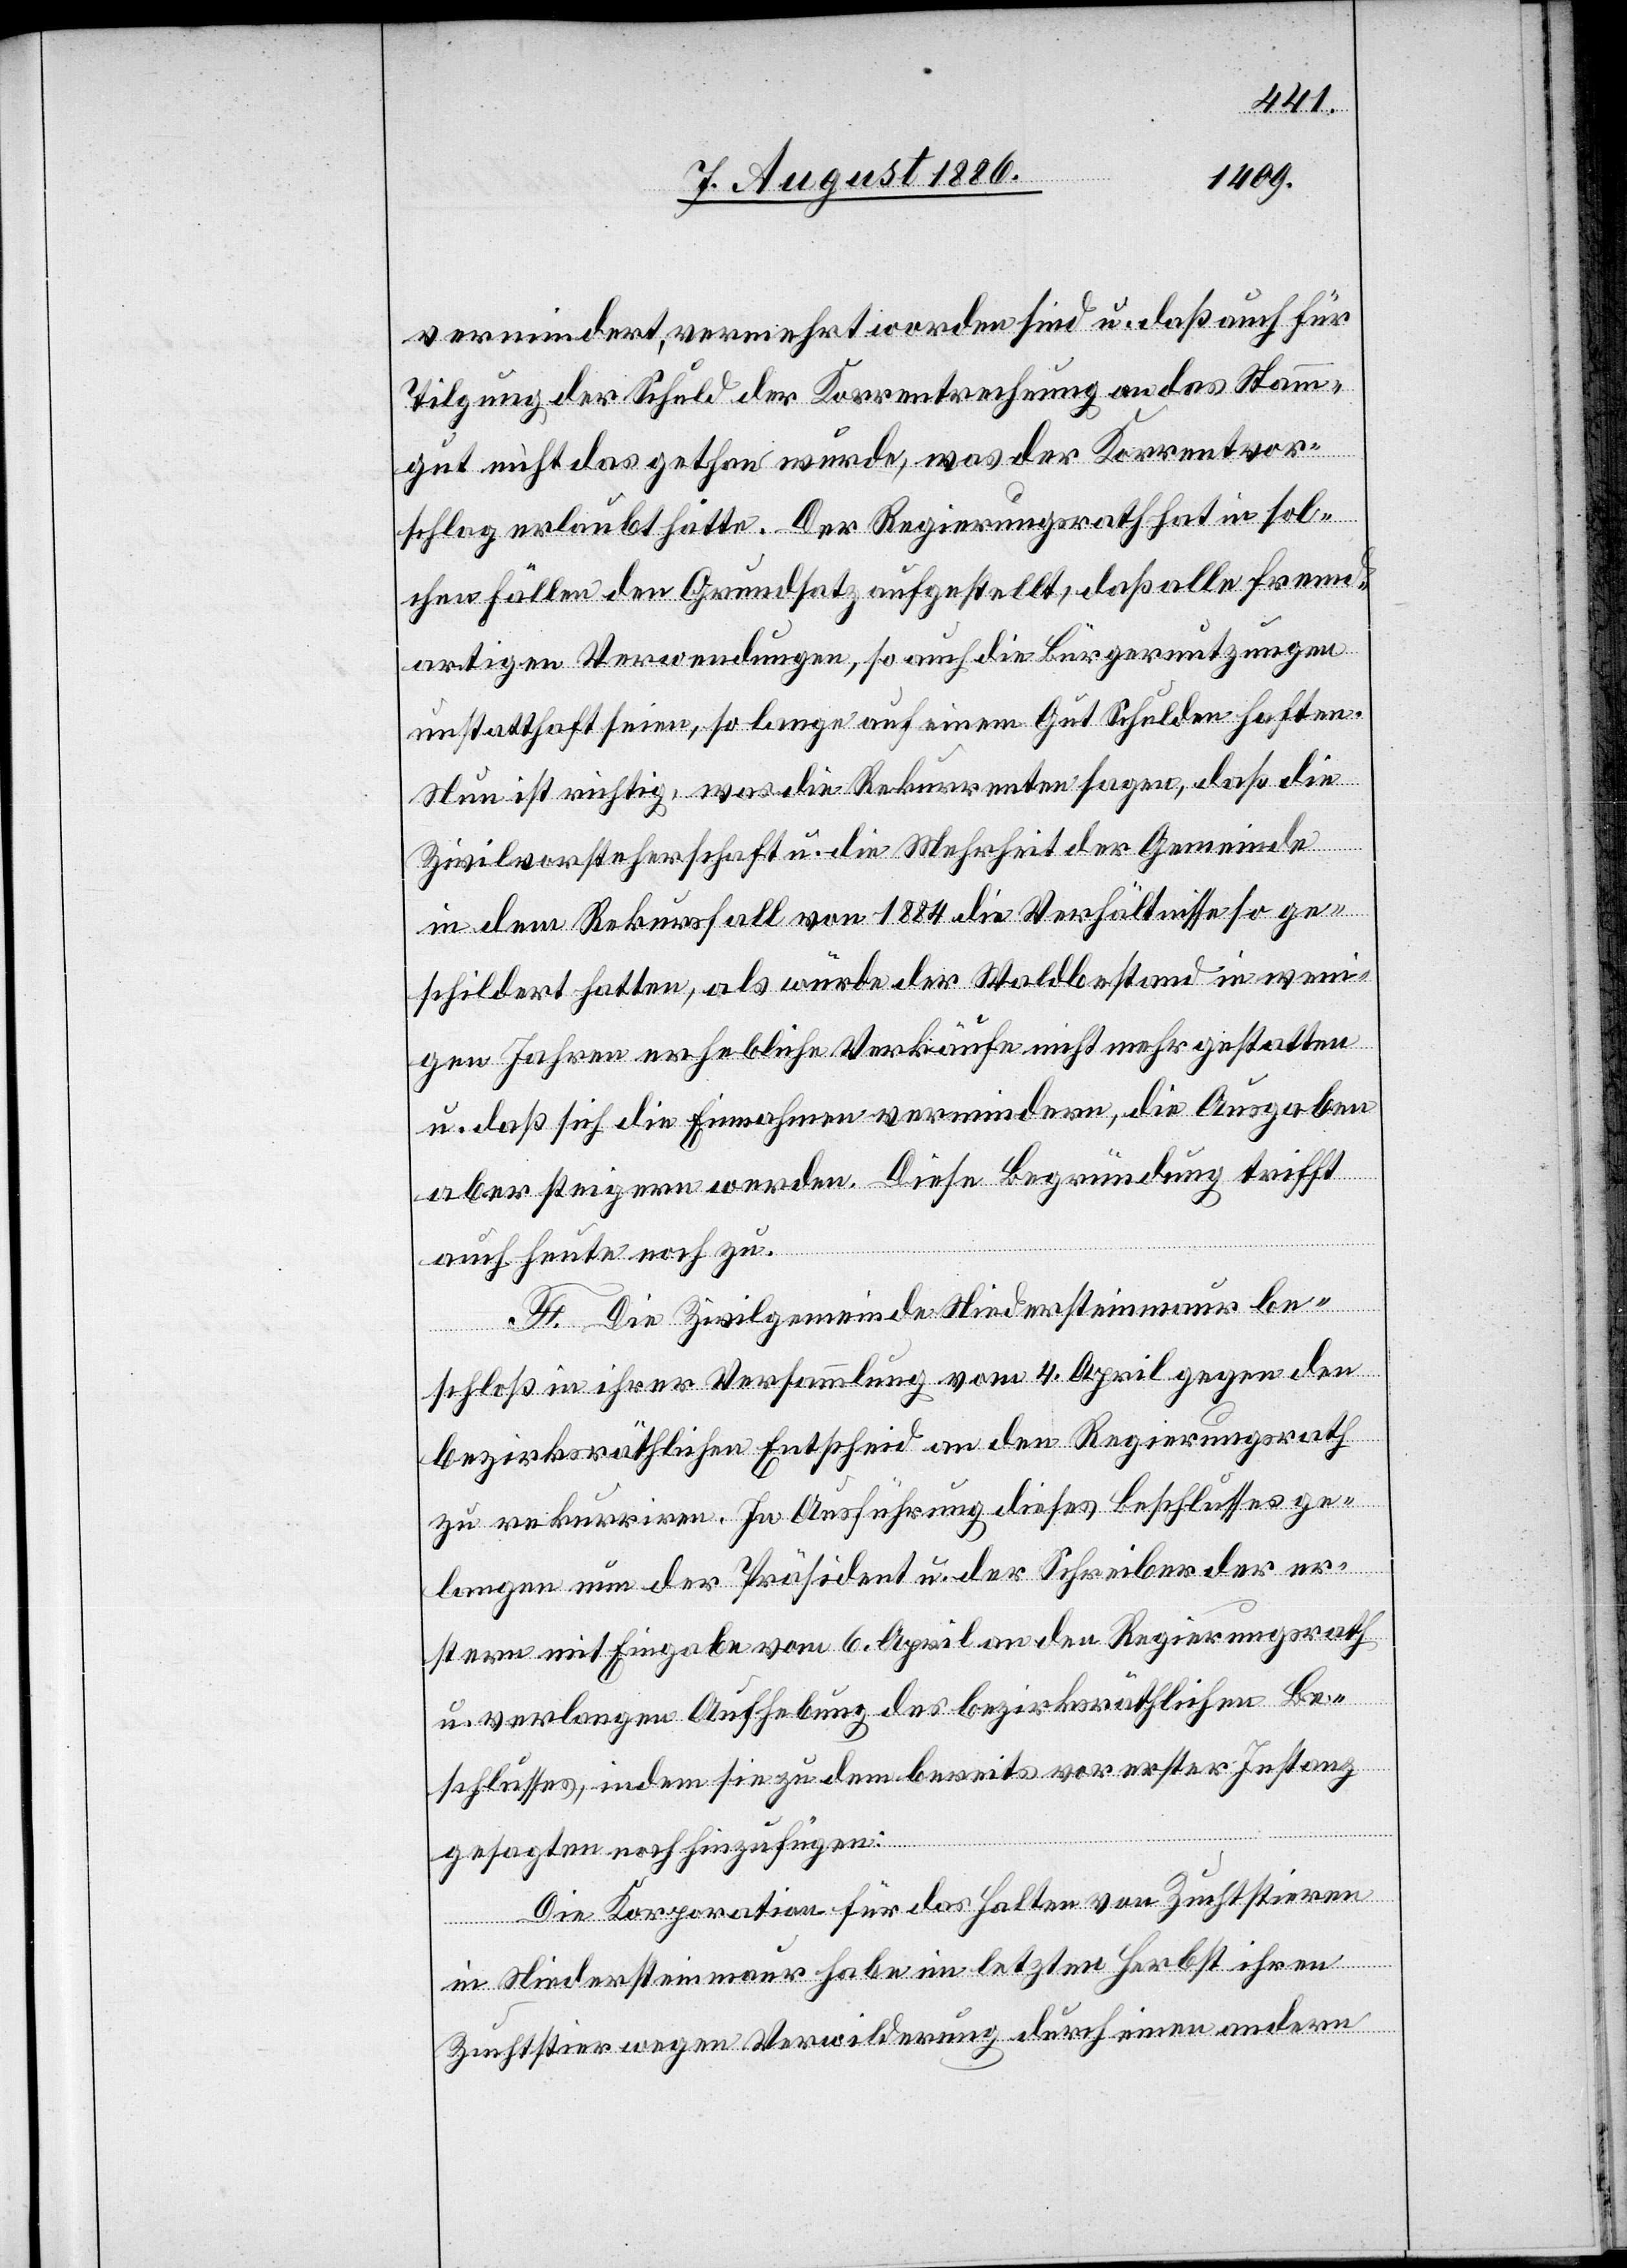
vermindert, vermehrt worden sind u. daß auch für
Tilgung der Schuld der Korrentrechnung an das Stamm¬
gut nicht das gethan wurde, was der Korrentvor¬
schlag erlaubt hätte. Der Regierungsrath hat in sol¬
chen Fällen den Grundsatz aufgestellt, daß alle fremd¬
artigen Verwendungen, so auch die Bürgernutzungen
unstatthaft seien, so lange auf einem Gut Schulden haften.
Nun ist richtig, was die Rekurrenten sagen, daß die
Zivilvorsteherschaft u. die Mehrheit der Gemeinde
in dem Rekursfall von 1884 die Verhältnisse so ge¬
schildert hatten, als würde der Waldbestand in weni¬
gen Jahren erhebliche Verkäufe nicht mehr gestatten
u. daß sich die Einnahmen vermindern, die Ausgaben
aber steigern werden. Diese Begründung trifft
auch heute noch zu.
F. Die Zivilgemeinde Niedersteinmaur be¬
schloß in ihrer Versammlung vom 4. April gegen den
bezirksräthlichen Entscheid an den Regierungsrath
zu rekurriren. In Ausführung dieses Beschlusses ge¬
langen nun der Präsident u. der Schreiber der er¬
stern mit Eingabe vom 6. April an den Regierungsrath
u. verlangen Aufhebung des bezirksräthlichen Be¬
schlusses, indem sie zu dem bereits vor erster Instanz
gesagten noch hinzufügen:
Die Korporation für das Halten von Zuchtstieren
in Niedersteinmaur habe im letzten Herbst ihren
Zuchtstier wegen Verwilderung durch einen andern